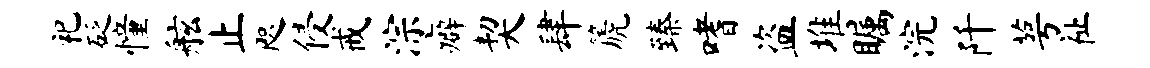
祀砭憧舷止咫侵戒淙癖契肆篪臻嗜盗堆瞩浣阡萼祉